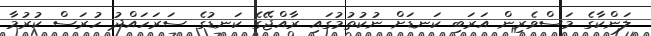
ލަންކާގެ މަސްވެރިން އަރަބި ކަނޑަށް ނުކުތުމުގައި ރާއްޖޭގެ ކަނޑުގެ ސަރަހައްދު ހުރަސް ކުރުމާ